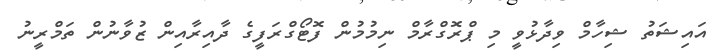
އައިޝަތު ޝިހާމް ވިދާޅުވީ މި ޕްރޮގްރާމް ނިމުމުން ފޮޓޯގްރަފީގެ ދާއިރާއިން ޒުވާނުން ތަމްރީނު